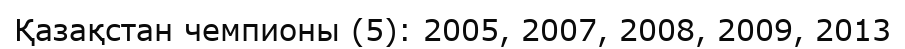
Қазақстан чемпионы (5): 2005, 2007, 2008, 2009, 2013